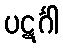
ပဋင်္ဂါ